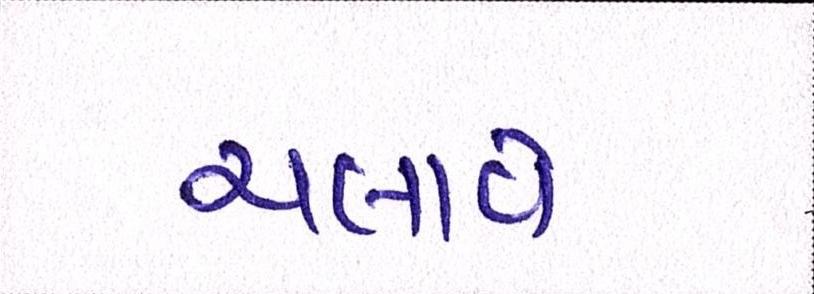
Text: ચલાવે